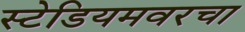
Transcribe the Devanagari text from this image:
स्टेडियमवरचा